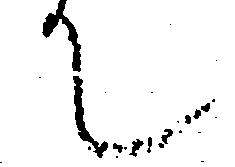
て